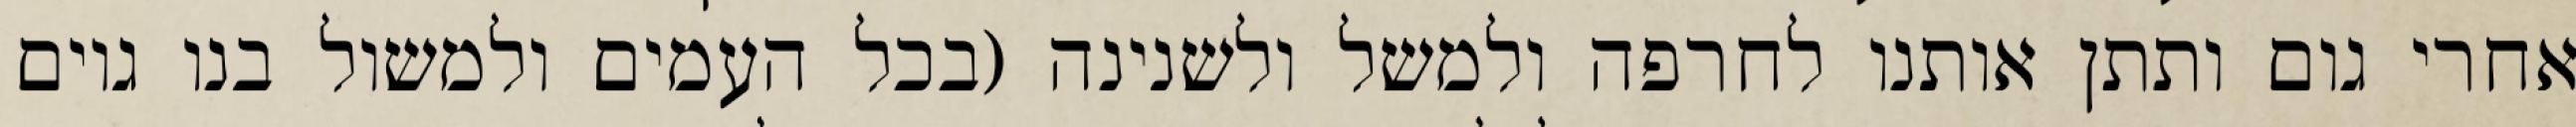
אחרי גום ותתן אותנו לחרפה ולמשל ולשנינה (בכל העמים ולמשול בנו גוים